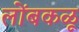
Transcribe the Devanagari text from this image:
लोंबकळू